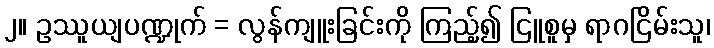
၂။ ဥဿူယျပဏ္ဍုက် = လွန်ကျူးခြင်းကို ကြည့်၍ ငြူစူမှ ရာဂငြိမ်းသူ၊